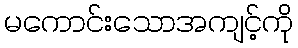
မကောင်းသောအကျင့်ကို